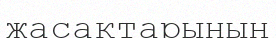
жасақтарының